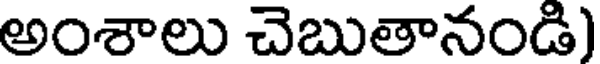
అంశాలు చెబుతానండి)